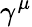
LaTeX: \gamma^{\mu}